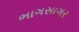
ભાગસાગર